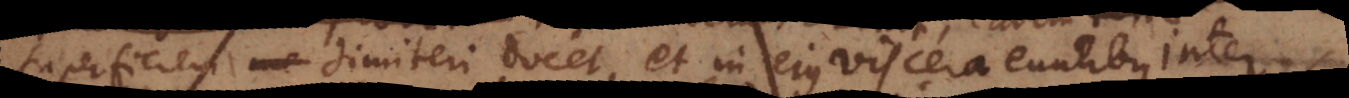
perficiem dimetiri docet, et in ejus viscera euntibus inter